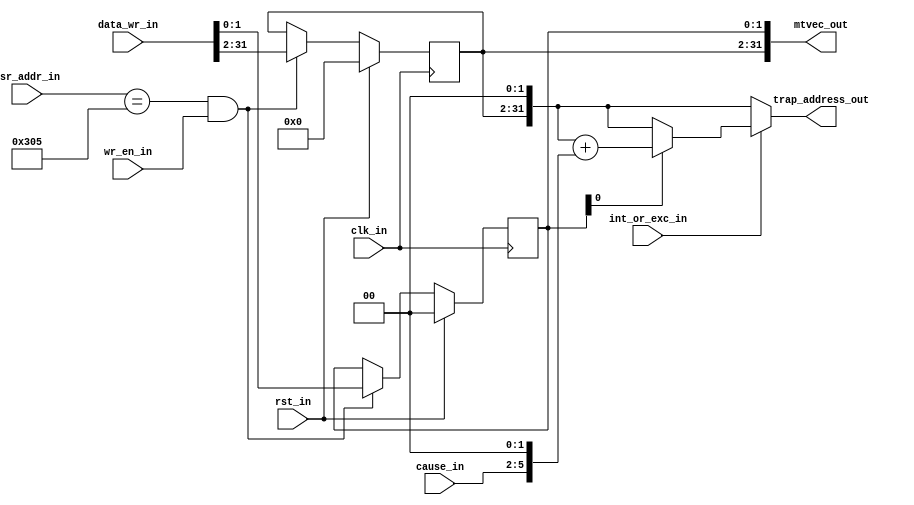
`timescale 1ns / 1ps

module mtvec_reg( input        clk_in,rst_in,wr_en_in,int_or_exc_in,
                  input  [31:0] data_wr_in,
                  input  [11:0] csr_addr_in,
                  input  [3:0 ] cause_in,
                  output [31:0] mtvec_out,trap_address_out
);

   parameter  MTVEC_BASE_RESET  =    30'b00000000_00000000_00000000_000000;
   parameter  MTVEC_MODE_RESET  =    2'b00;
   parameter  MTVEC             =    12'h305;

   reg  [1:0 ] mtvec_mode; // machine trap mode
   reg  [29:0] mtvec_base; // machine trap base address

   assign mtvec_out = {mtvec_base, mtvec_mode};
   wire [31:0] trap_mux_out;
   wire [31:0] vec_mux_out;
   wire [31:0] base_offset;
   assign base_offset = cause_in << 2;
   assign trap_mux_out = int_or_exc_in ? vec_mux_out : {mtvec_base, 2'b00};
   assign vec_mux_out = mtvec_out[0] ? {mtvec_base, 2'b00} + base_offset : {mtvec_base, 2'b00};
   assign trap_address_out = trap_mux_out;
   always @(posedge clk_in)
   begin
      if(rst_in)
      begin
         mtvec_mode <= MTVEC_MODE_RESET;
         mtvec_base <= MTVEC_BASE_RESET;
      end
      else if(csr_addr_in == MTVEC && wr_en_in)
      begin
         mtvec_mode <= data_wr_in[1:0];
         mtvec_base <= data_wr_in[31:2];
      end
   end
endmodule